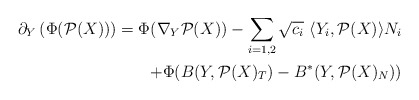
\begin{align*}\partial_Y\left(\Phi(\mathcal{P}(X))\right)=\Phi(\nabla_Y\mathcal{P}(X))-\sum_{i=1,2}\sqrt{c_i}\ \langle Y_i,\mathcal{P}(X)\rangle N_i\\+\Phi(B(Y,\mathcal{P}(X)_T)-B^*(Y,\mathcal{P}(X)_N))\end{align*}